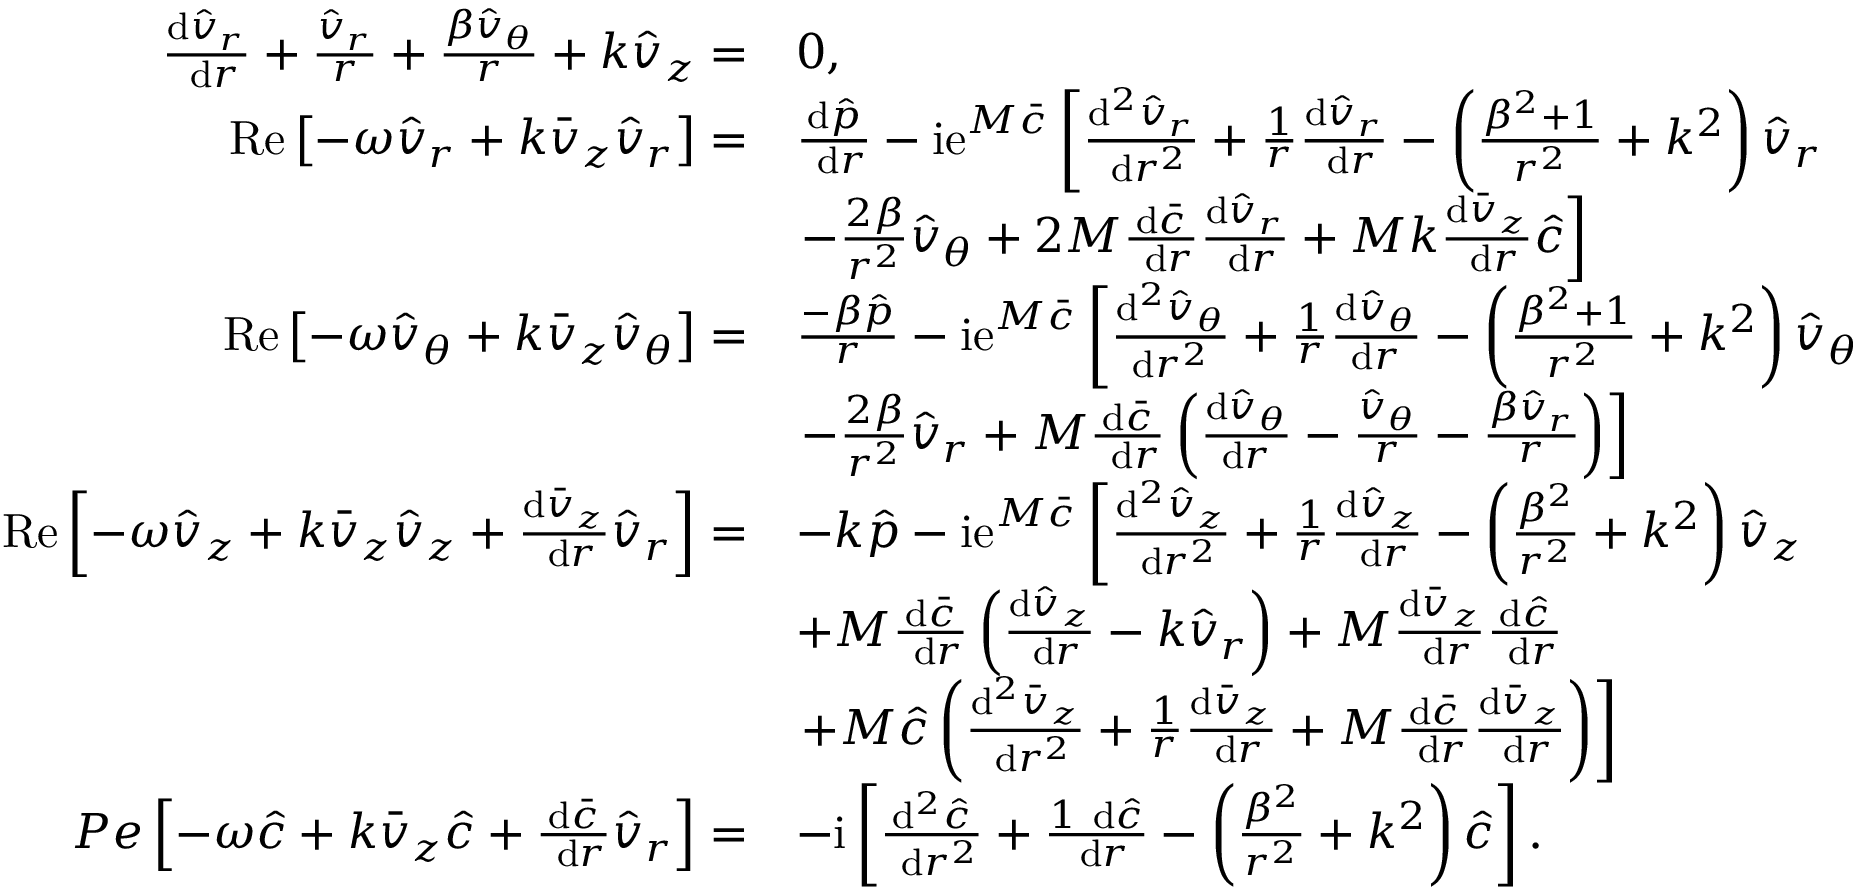
\begin{array} { r l } { \frac { \mathrm { d } \hat { v } _ { r } } { \mathrm { ~ d } r } + \frac { \hat { v } _ { r } } { r } + \frac { \beta \hat { v } _ { \theta } } { r } + k \hat { v } _ { z } = } & { 0 , } \\ { \operatorname { R e } \left[ - \omega \hat { v } _ { r } + k \bar { v } _ { z } \hat { v } _ { r } \right] = } & { \frac { \mathrm { d } \hat { p } } { \mathrm { ~ d } r } - \mathrm { i e } ^ { M \bar { c } } \left[ \frac { \mathrm { d } ^ { 2 } \hat { v } _ { r } } { \mathrm { ~ d } r ^ { 2 } } + \frac { 1 } { r } \frac { \mathrm { d } \hat { v } _ { r } } { \mathrm { ~ d } r } - \left( \frac { \beta ^ { 2 } + 1 } { r ^ { 2 } } + k ^ { 2 } \right) \hat { v } _ { r } \right. } \\ & { \left. - \frac { 2 \beta } { r ^ { 2 } } \hat { v } _ { \theta } + 2 M \frac { \mathrm { d } \bar { c } } { \mathrm { ~ d } r } \frac { \mathrm { d } \hat { v } _ { r } } { \mathrm { ~ d } r } + M k \frac { \mathrm { d } \bar { v } _ { z } } { \mathrm { ~ d } r } \hat { c } \right] } \\ { \operatorname { R e } \left[ - \omega \hat { v } _ { \theta } + k \bar { v } _ { z } \hat { v } _ { \theta } \right] = } & { \frac { - \beta \hat { p } } { r } - \mathrm { i e } ^ { M \bar { c } } \left[ \frac { \mathrm { d } ^ { 2 } \hat { v } _ { \theta } } { \mathrm { d } r ^ { 2 } } + \frac { 1 } { r } \frac { \mathrm { d } \hat { v } _ { \theta } } { \mathrm { d } r } - \left( \frac { \beta ^ { 2 } + 1 } { r ^ { 2 } } + k ^ { 2 } \right) \hat { v } _ { \theta } \right. } \\ & { \left. - \frac { 2 \beta } { r ^ { 2 } } \hat { v } _ { r } + M \frac { \mathrm { d } \bar { c } } { \mathrm { ~ d } r } \left( \frac { \mathrm { d } \hat { v } _ { \theta } } { \mathrm { d } r } - \frac { \hat { v } _ { \theta } } { r } - \frac { \beta \hat { v } _ { r } } { r } \right) \right] } \\ { \operatorname { R e } \left[ - \omega \hat { v } _ { z } + k \bar { v } _ { z } \hat { v } _ { z } + \frac { \mathrm { d } \bar { v } _ { z } } { \mathrm { ~ d } r } \hat { v } _ { r } \right] = } & { - k \hat { p } - \mathrm { i e } ^ { M \bar { c } } \left[ \frac { \mathrm { d } ^ { 2 } \hat { v } _ { z } } { \mathrm { ~ d } r ^ { 2 } } + \frac { 1 } { r } \frac { \mathrm { d } \hat { v } _ { z } } { \mathrm { ~ d } r } - \left( \frac { \beta ^ { 2 } } { r ^ { 2 } } + k ^ { 2 } \right) \hat { v } _ { z } \right. } \\ & { + M \frac { \mathrm { d } \bar { c } } { \mathrm { ~ d } r } \left( \frac { \mathrm { d } \hat { v } _ { z } } { \mathrm { ~ d } r } - k \hat { v } _ { r } \right) + M \frac { \mathrm { d } \bar { v } _ { z } } { \mathrm { ~ d } r } \frac { \mathrm { d } \hat { c } } { \mathrm { ~ d } r } } \\ & { \left. + M \hat { c } \left( \frac { \mathrm { d } ^ { 2 } \bar { v } _ { z } } { \mathrm { ~ d } r ^ { 2 } } + \frac { 1 } { r } \frac { \mathrm { d } \bar { v } _ { z } } { \mathrm { ~ d } r } + M \frac { \mathrm { d } \bar { c } } { \mathrm { ~ d } r } \frac { \mathrm { d } \bar { v } _ { z } } { \mathrm { ~ d } r } \right) \right] } \\ { P e \left[ - \omega \hat { c } + k \bar { v } _ { z } \hat { c } + \frac { \mathrm { d } \bar { c } } { \mathrm { ~ d } r } \hat { v } _ { r } \right] = } & { - \mathrm { i } \left[ \frac { \mathrm { d } ^ { 2 } \hat { c } } { \mathrm { ~ d } r ^ { 2 } } + \frac { 1 \mathrm { ~ d } \hat { c } } { \mathrm { ~ d } r } - \left( \frac { \beta ^ { 2 } } { r ^ { 2 } } + k ^ { 2 } \right) \hat { c } \right] . } \end{array}